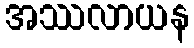
အဿလာယန